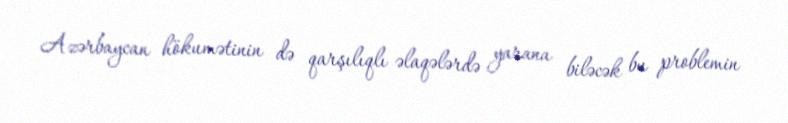
Azərbaycan hökumətinin də qarşılıqlı əlaqələrdə yarana biləcək bu problemin